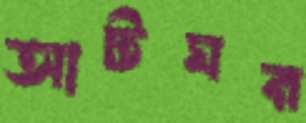
আটঘর